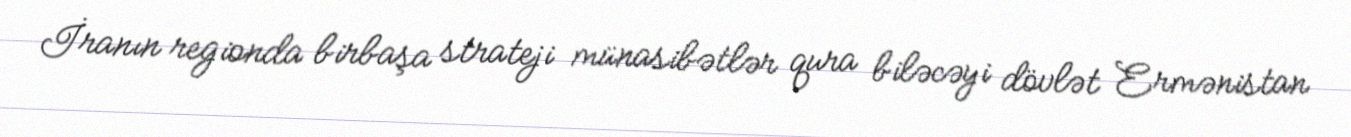
İranın regionda birbaşa strateji münasibətlər qura biləcəyi dövlət Ermənistan